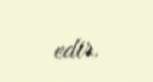
edir.